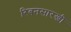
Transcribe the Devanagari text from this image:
रिबनसारखी